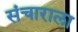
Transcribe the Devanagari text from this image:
संचाराला